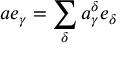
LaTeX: a e _ { \gamma } = \sum _ { \delta } a _ { \gamma } ^ { \delta } e _ { \delta }